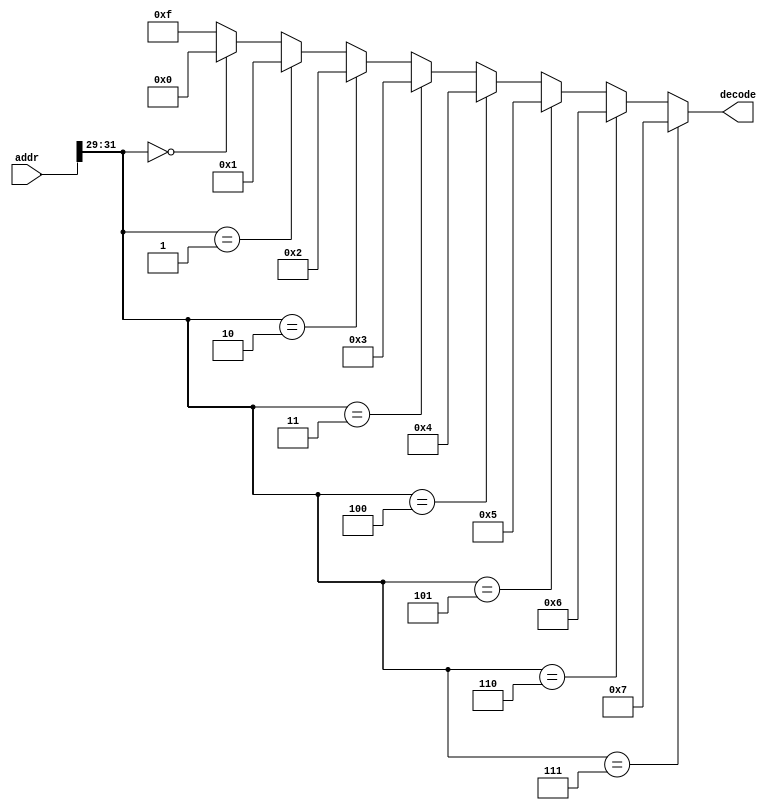
/*
 * This file is part of the RISCy-ICE project.
 *
 * The MIT License (MIT)
 *
 * Copyright (c) 2021 Matthew Peters - matthew@ottersoft.ca
 *
 * Permission is hereby granted, free of charge, to any person obtaining a copy
 * of this software and associated documentation files (the "Software"), to deal
 * in the Software without restriction, including without limitation the rights
 * to use, copy, modify, merge, publish, distribute, sublicense, and/or sell
 * copies of the Software, and to permit persons to whom the Software is
 * furnished to do so, subject to the following conditions:
 *
 * The above copyright notice and this permission notice shall be included in
 * all copies or substantial portions of the Software.
 *
 * THE SOFTWARE IS PROVIDED "AS IS", WITHOUT WARRANTY OF ANY KIND, EXPRESS OR
 * IMPLIED, INCLUDING BUT NOT LIMITED TO THE WARRANTIES OF MERCHANTABILITY,
 * FITNESS FOR A PARTICULAR PURPOSE AND NONINFRINGEMENT. IN NO EVENT SHALL THE
 * AUTHORS OR COPYRIGHT HOLDERS BE LIABLE FOR ANY CLAIM, DAMAGES OR OTHER
 * LIABILITY, WHETHER IN AN ACTION OF CONTRACT, TORT OR OTHERWISE, ARISING FROM,
 * OUT OF OR IN CONNECTION WITH THE SOFTWARE OR THE USE OR OTHER DEALINGS IN
 * THE SOFTWARE.
 */
module wbcdecoder#(
    parameter ADDRWIDTH = 32,
    parameter OUTWIDTH = 4,
    parameter MUXWIDTH = 3,
    parameter NS = 8,
    parameter SLAVE_MUX = {
        { 3'b111 },
        { 3'b110 },
        { 3'b101 },
        { 3'b100 },
        { 3'b011 },
        { 3'b010 },
        { 3'b001 },
        { 3'b000 }
    }
) (
    input [ADDRWIDTH-1:0] addr,
    output reg [OUTWIDTH-1:0] decode
);

    wire [NS-1:0] addr_hit;
    wire [MUXWIDTH-1:0] addr_top;
    assign addr_top = addr[ADDRWIDTH-1:ADDRWIDTH-MUXWIDTH];
    
    genvar i;
    integer x;
    generate
        for (i = 0; i < NS*MUXWIDTH; i = i + MUXWIDTH) begin
            assign addr_hit[i/MUXWIDTH] = (addr_top == SLAVE_MUX[i+MUXWIDTH-1 : i]);
        end
        always @(*) begin
            decode = {(OUTWIDTH){1'b1}};
            for (x = 0; x < NS; x = x + 1) begin
                if (addr_hit[x]) decode = x[OUTWIDTH-1:0];
            end
        end
    endgenerate
endmodule